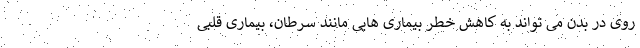
روی در بدن می تواند به کاهش خطر بیماری هایی مانند سرطان، بیماری قلبی